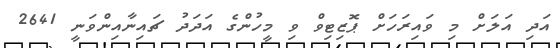
އަދި އަލަށް މި ވައިރަހަށް ޕޮޒިޓިވް ވި މީހުންގެ އަދަދު ޗައިނާއިންވަނީ 2641